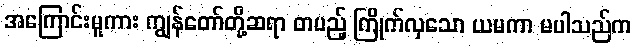
အကြောင်းမူကား ကျွန်တော်တို့ဆရာ တပည့် ကြိုက်လှသော ယမကာ မပါသည်က